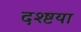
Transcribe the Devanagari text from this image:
दश्ष्टया